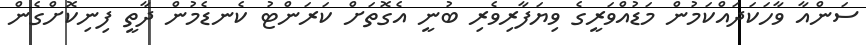
ސަންއާ ވާހަކަދައްކަމުން މަޑުއްވަރީގެ ވިޔަފާރިވެރި ބުނީ އެގޮތަށް ކަރަންޓު ކެނޑެމުން ދާތީ ފިނިކޮށްގެން